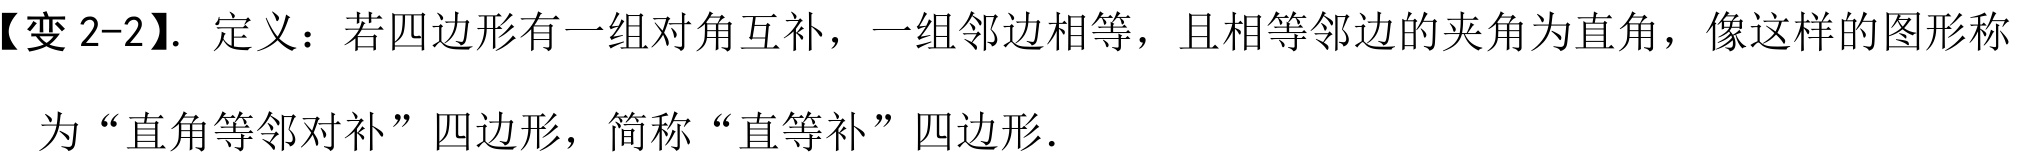
【变 2-2】. 定义：若四边形有一组对角互补，一组邻边相等，且相等邻边的夹角为直角，像这样的图形称
为“直角等邻对补”四边形，简称“直等补”四边形．